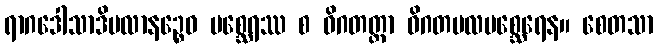
ရာဂဒေါသာဒိမလာနဉ္စေဝ မစ္ဆေရဿ စ ဝိဂတတ္တာ ဝိဂတမလမစ္ဆေရေန။ စေတသာ